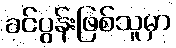
ခင်ပွန်းဖြစ်သူမှာ